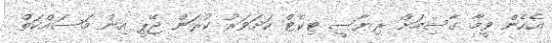
އެހެން ވީމާ ގާސިމަށް ރިޔާސީ ޓިކެޓް ކަށަވަރު ކުރަން ޖޭޕީ އިން މަސައްކަތް